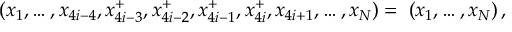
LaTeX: { \bf \Omega } ( x _ { 1 } , \ldots , x _ { 4 i - 4 } , x _ { 4 i - 3 } ^ { + } , x _ { 4 i - 2 } ^ { + } , x _ { 4 i - 1 } ^ { + } , x _ { 4 i } ^ { + } , x _ { 4 i + 1 } , \ldots , x _ { N } ) = { \bf \Omega } ( x _ { 1 } , \ldots , x _ { N } ) \, , \nonumber